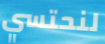
لنحتسي